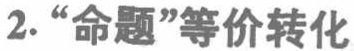
2. “命题”等价转化